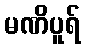
မဏိပူရ်